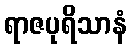
ရာဇပုရိသာနံ